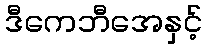
ဒီကေဘီအေနှင့်